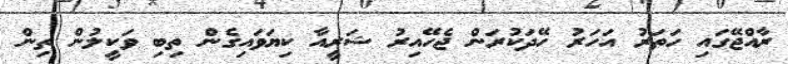
ރާއްޖޭގައި ހަތަރު އަހަރު ހޭދަކުރަން ޖެހޭއިރު ޝަރީއާ ކިޔަވައިގެން ތިބި ވަކީލުން ތިން